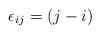
LaTeX: \begin{align*}\epsilon_{ij}=\left(j-i\right)\end{align*}